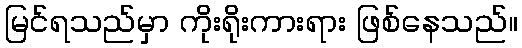
မြင်ရသည်မှာ ကိုးရိုးကားရား ဖြစ်နေသည်။